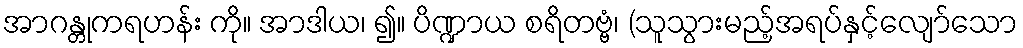
အာဂန္တုကရဟန်း ကို။ အာဒါယ၊ ၍။ ပိဏ္ဍာယ စရိတဗ္ဗံ၊ (သူသွားမည့်အရပ်နှင့်လျော်သော